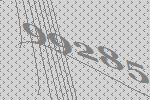
99285